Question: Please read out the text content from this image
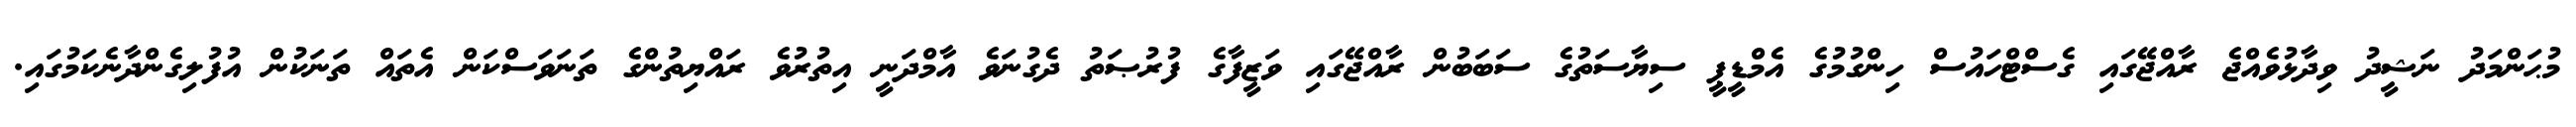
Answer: މުޙަންމަދު ނަޝީދު ވިދާޅުވެއްޖެ ރާއްޖޭގައި ގެސްޓްހައުސް ހިންގުމުގެ އެމްޑީޕީ ސިޔާސަތުގެ ސަބަބުން ރާއްޖޭގައި ވަޒީފާގެ ފުރުޞަތު ދެގުނަވެ އާމްދަނީ އިތުރުވެ ރައްޔިތުންގެ ތަނަވަސްކަން އެތައް ތަނަކުން އުފުލިގެންދާނެކަމުގައި.